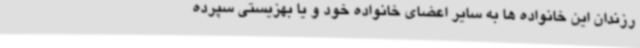
رزندان این خانواده ها به سایر اعضای خانواده خود و یا بهزیستی سپرده